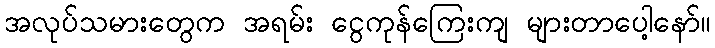
အလုပ်သမားတွေက အရမ်း ငွေကုန်ကြေးကျ များတာပေါ့နော်။